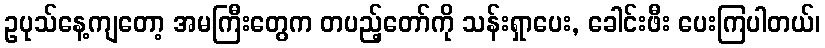
ဥပုသ်နေ့ကျတော့ အမကြီးတွေက တပည့်တော်ကို သန်းရှာပေး, ခေါင်းဖီး ပေးကြပါတယ်၊